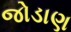
જોડાણ